Scottish Leaving Certificate Examination, 1961
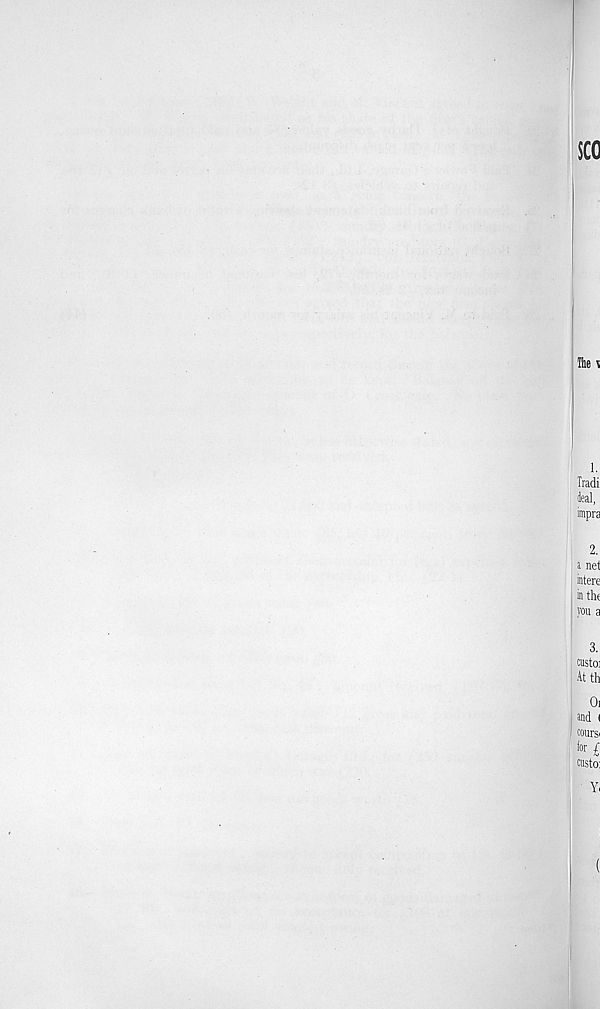
Ihe t
1.
Tradi
deal,
impra
2.
a net
intere
in the
you a
3.
custoj
At th
0]
and (
coursi
for I
custo:
Yi